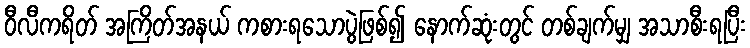
ဝီလီကရိတ် အကြိတ်အနယ် ကစားရသောပွဲဖြစ်၍ နောက်ဆုံးတွင် တစ်ချက်မျှ အသာစီးရပြီး